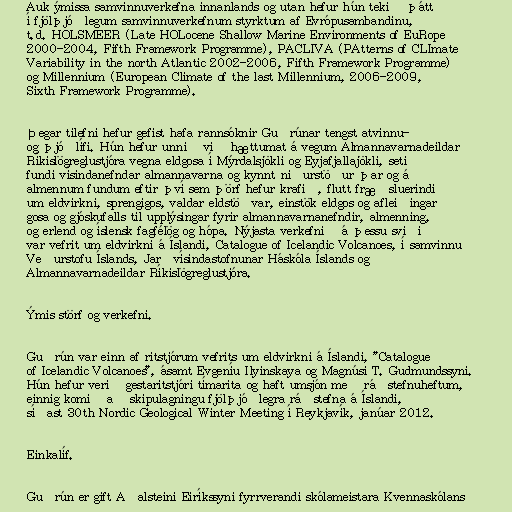
Auk ýmissa samvinnuverkefna innanlands og utan hefur hún tekið þátt
í fjölþjóðlegum samvinnuverkefnum styrktum af Evrópusambandinu,
t.d. HOLSMEER (Late HOLocene Shallow Marine Environments of EuRope
2000-2004, Fifth Framework Programme), PACLIVA (PAtterns of CLImate
Variability in the north Atlantic 2002-2006, Fifth Framework Programme)
og Millennium (European Climate of the last Millennium, 2006-2009,
Sixth Framework Programme).

Þegar tilefni hefur gefist hafa rannsóknir Guðrúnar tengst atvinnu-
og þjóðlífi. Hún hefur unnið við hættumat á vegum Almannavarnadeildar
Ríkislögreglustjóra vegna eldgosa í Mýrdalsjökli og Eyjafjallajökli, setið
fundi vísindanefndar almannavarna og kynnt niðurstöður þar og á
almennum fundum eftir því sem þörf hefur krafið, flutt fræðsluerindi
um eldvirkni, sprengigos, valdar eldstöðvar, einstök eldgos og afleiðingar
gosa og gjóskufalls til upplýsingar fyrir almannavarnanefndir, almenning,
og erlend og íslensk fagfélög og hópa. Nýjasta verkefnið á þessu sviði
var vefrit um eldvirkni á Íslandi, Catalogue of Icelandic Volcanoes, í samvinnu
Veðurstofu Íslands, Jarðvísindastofnunar Háskóla Íslands og
Almannavarnadeildar Ríkislögreglustjóra.

Ýmis störf og verkefni.

Guðrún var einn af ritstjórum vefrits um eldvirkni á Íslandi, "Catalogue
of Icelandic Volcanoes", ásamt Evgeníu Ilyinskaya og Magnúsi T. Gudmundssyni.
Hún hefur verið gestaritstjóri tímarita og haft umsjón með ráðstefnuheftum,
einnig komið að skipulagningu fjölþjóðlegra ráðstefna á Íslandi,
síðast 30th Nordic Geological Winter Meeting í Reykjavík, janúar 2012.

Einkalíf.

Guðrún er gift Aðalsteini Eiríkssyni fyrrverandi skólameistara Kvennaskólans